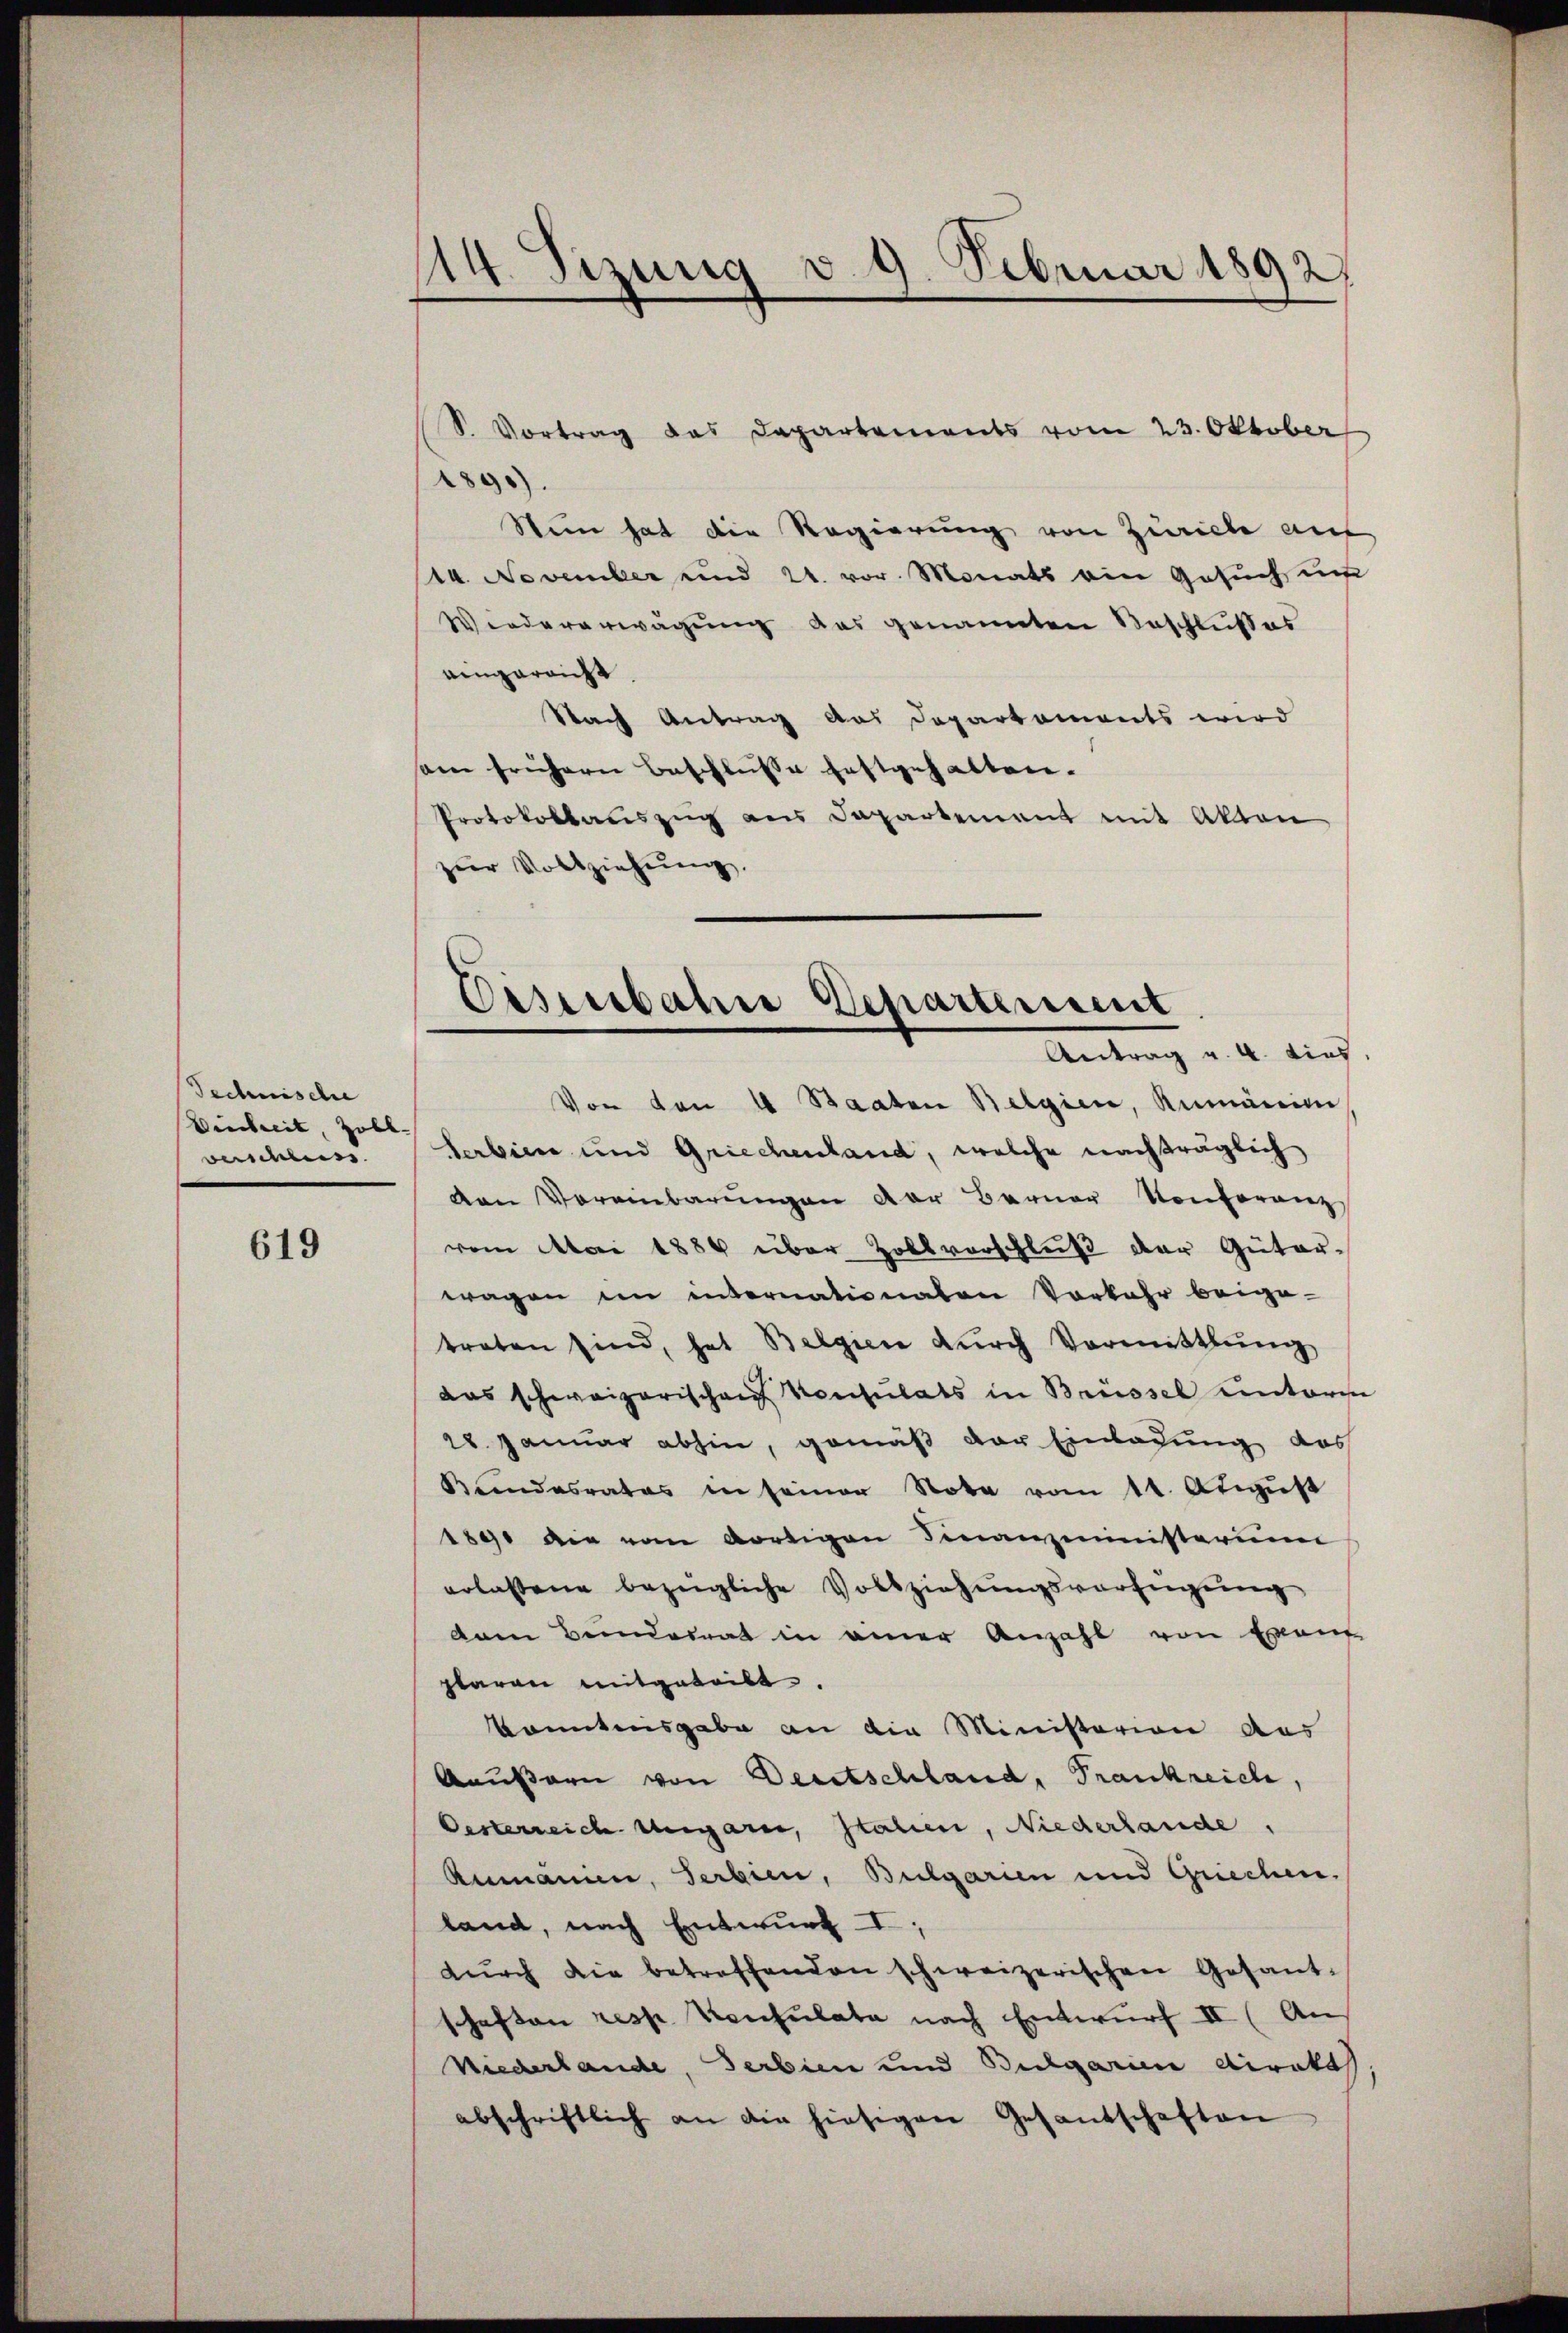
Technische
Einheit, Zoll
verschluss.

619

14. Sizung v. 9. Februar 1892

S. Vortrag das Departements vom 23. Oktober
1896).
Stein hat die Regierung von Zwicke auf
st. November und 24. vor. Monats ein Gesŭch ŭm
Wiedererwägung das genannten Beschlußes
eingarnicht.
Nach Antrag das Departements wird
sam frühern Beschlusse festgehalten.
Protokollauszug aus Departement mit Akten
zŭr Vollziehung.

Eisenbahre Departement
Antrag v. a. dies

Von von 4 Staaten Belgien, Rumänie
Serbien und Griechenland, welche nachträglich
van Vereinbarungen der Berner Konferenz
vom Mai 1884 über Zollvorschluß der Güter-
wagen im internationaten Vorkehr beige-
traten sind, hat Belgien dŭrch Vormittlung
das schweizerischen Konsulats in Brüssel unterm
28. Januar abhin, gemäß der Einladung das
Kundesrates in seiner Nota vom 14. August
1890 die vom dortigen Finanzministerim
erlassene bezügliche Vollziehungsverfügung
dam Beiderrat in einer Anzahl von Evang
plaren mitgeteilt. |
kanntnisgabe an die Ministerion aus
Aeußern von Deutschland, Frankreich,
Oesterreich ungaren, Italien, Niederlande,
Ammann, Serbien, Bulgarin und Griechen.
land, nach Entwurf I,
dŭrch die betreffenden schweizerischen Gesant-
schaften resp. Konsulata nach Entwurf II (An
Niederlande, Serbien und Bulgarien direkt
abschriftlich an die hiesigen Gesandschaften